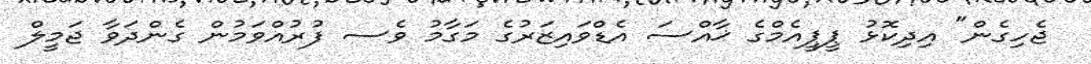
ޖެހިގެން" އިދިކޮޅު ޕީޕީއެމްގެ ޚާއްސަ އެޑްވައިޒަރުގެ މަގާމު ވެސ ފުރުއްވަމުން ގެންދަވާ ޖަމީލް